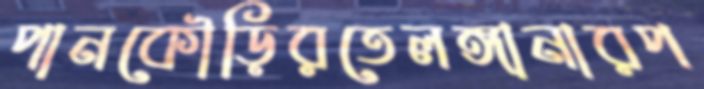
পানকৌড়িরতেলঙ্গানারপ